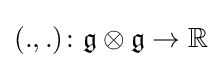
(.,.)\colon {\mathfrak {g}}\otimes {\mathfrak {g}}\to \mathbb {R}